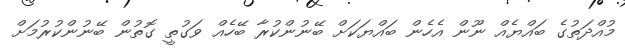
މުއްދަތުގެ ބައްޔެއް ނޫން އެހެން ބައްޔަކަށް ބޭނުންކުރާ ބޭހެއް ވަގުތީ ގޮތުން ބޭނުންކުރުމަށް